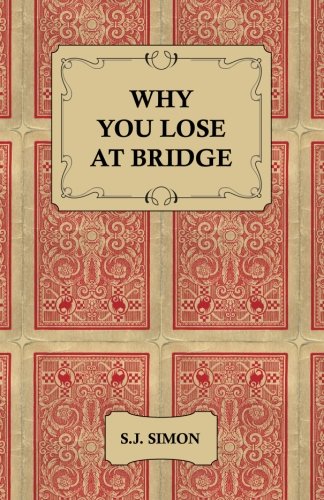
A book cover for Why You Lose at Bridge; S. J. Simon; Humor & Entertainment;